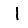
Digit: 1